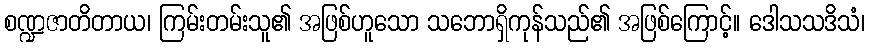
စဏ္ဍဇာတိတာယ၊ ကြမ်းတမ်းသူ၏ အဖြစ်ဟူသော သဘောရှိကုန်သည်၏ အဖြစ်ကြောင့်။ ဒေါသသဒိသံ၊